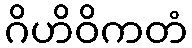
ဂိဟိဝိကတံ